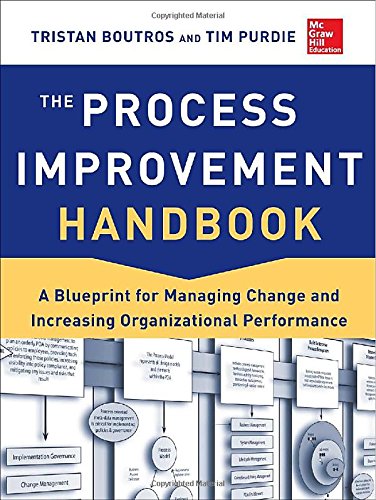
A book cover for The Process Improvement Handbook: A Blueprint for Managing Change and Increasing Organizational Performance; Tristan Boutros; Engineering & Transportation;